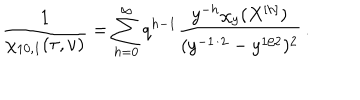
\frac { 1 } { \chi _ { 1 0 , 1 } ( \tau , \nu ) } = \sum _ { h = 0 } ^ { \infty } q ^ { h - 1 } \frac { y ^ { - h } \chi _ { y } ( X ^ { [ h ] } ) } { ( y ^ { - 1 / 2 } - y ^ { 1 / 2 } ) ^ { 2 } } \, .